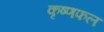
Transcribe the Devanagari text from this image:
कृष्णफल